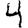
Digit: 4